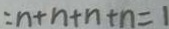
: n + n + n + n = 1